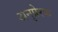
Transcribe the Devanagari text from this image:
अनुप्रेरक